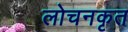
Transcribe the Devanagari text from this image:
लोचनकृत